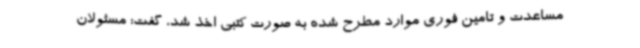
مساعدت و تامین فوری موارد مطرح شده به صورت کتبی اخذ شد، گفت: مسئولان